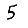
Digit: 5